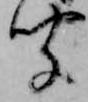
聞